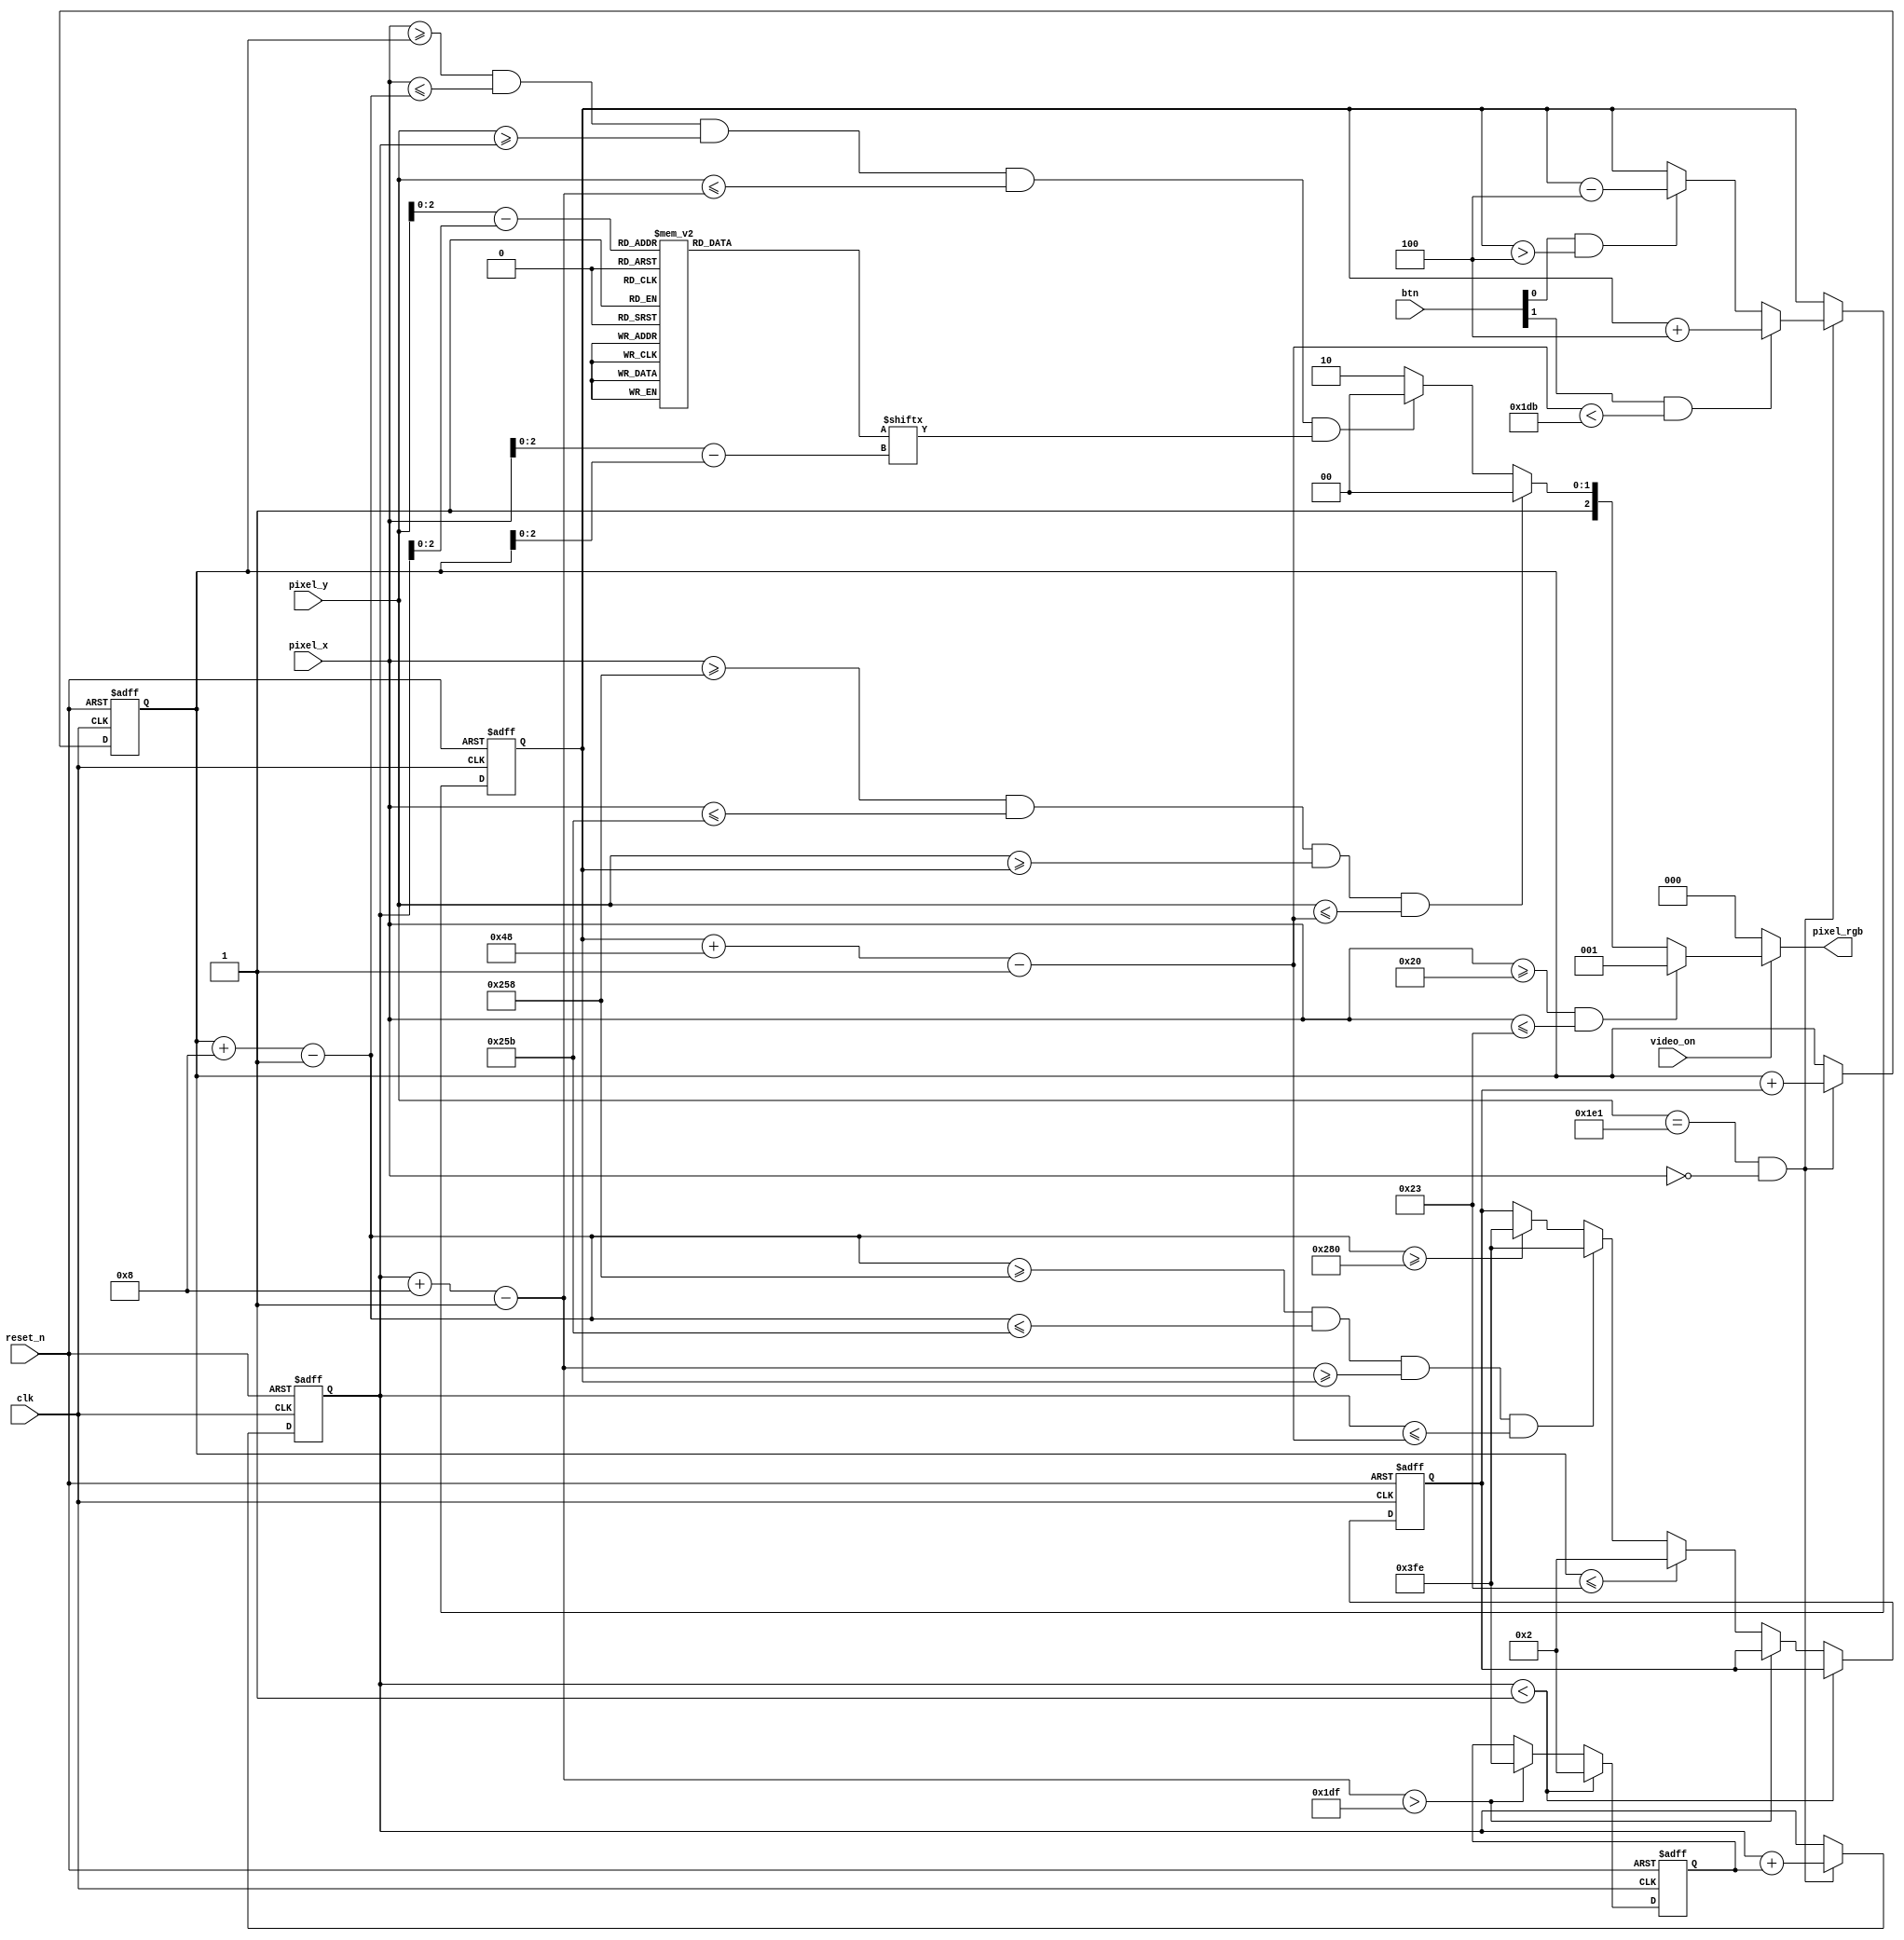
module pong_pixel_gen
(
	input clk,reset_n,
	input video_on,
	input [1:0] btn,
	input [9:0] pixel_x,pixel_y,
	output reg [2:0] pixel_rgb
);

localparam MAX_X=640;
localparam MAX_Y = 480;
//wall boundaries
localparam WALL_X_L = 32;
localparam WALL_X_R = 35;
//vertial bar
localparam BAR_X_L = 600;
localparam BAR_X_R = 603;
localparam BAR_Y_SIZE = 72;
wire [9:0] bar_y_t,bar_y_b;
reg [9:0] bar_y_reg,bar_y_next;
localparam BAR_V = 4;
//square ball
localparam BALL_SIZE=8;
wire [9:0] ball_x_l,ball_x_r;
wire [9:0] ball_y_t,ball_y_b;
reg [9:0] ball_x_reg,ball_y_reg;
wire [9:0] ball_x_next,ball_y_next;
reg [9:0] x_delta_reg,x_delta_next;
reg [9:0] y_delta_reg, y_delta_next;
wire refr_tick;
localparam BALL_V_P = 2;
localparam BALL_V_N = -2;
//round ball
wire [2:0] rom_addr,rom_col;
reg [7:0] rom_data;
wire rom_bit;

//objects signals
wire wall_on, bar_on,sq_ball_on,rd_ball_on;
wire [2:0] wall_rgb,bar_rgb,ball_rgb;

//body
//round ball image rom
always @(*)
begin
	case (rom_addr)
		3'h0: rom_data = 8'b00111100; // ****
		3'h1: rom_data = 8'b01111110; // ******
		3'h2: rom_data = 8'b11111111; // ********
		3'h3: rom_data = 8'b11111111; // ********
		3'h4: rom_data = 8'b11111111; // ********
		3'h5: rom_data = 8'b11111111; // ********
		3'h6: rom_data = 8'b01111110; // ******
		3'h7: rom_data = 8'b00111100; // **** 
	endcase
end
//registers
always @(posedge clk or negedge reset_n) begin
	if(~reset_n) begin
		bar_y_reg <= 0;
		ball_x_reg <= 0;
		ball_y_reg <= 0;
		x_delta_reg <= 0;
		y_delta_reg <= 0;
	end else begin
	 	bar_y_reg <= bar_y_next;
		ball_x_reg <= ball_x_next;
		ball_y_reg <= ball_y_next;
		x_delta_reg <= x_delta_next;
		y_delta_reg <= y_delta_next;
	end
end
//refr tick
assign refr_tick = (pixel_y == 481) && (pixel_x == 0);

//wall pixel gen
assign wall_on = (pixel_x >= WALL_X_L) && (pixel_x <=WALL_X_R);
assign wall_rgb = 3'b001;
//bar pixel gen
assign bar_y_t = bar_y_reg;
assign bar_y_b = bar_y_t + BAR_Y_SIZE - 1;

assign bar_on = (pixel_x >= BAR_X_L) && (pixel_x <= BAR_X_R) &&
(pixel_y >= bar_y_t) && (pixel_y <= bar_y_b);

assign bar_rgb = 3'b100;

always @(*)
begin
	bar_y_next = bar_y_reg;
	if(refr_tick)
		if(btn[1] && (bar_y_b < (MAX_Y-1-BAR_V)))
			bar_y_next = bar_y_reg + BAR_V;
		else if(btn[0] & (bar_y_t > BAR_V))
			bar_y_next = bar_y_reg - BAR_V;
end
//ball pixel gen
assign sq_ball_on = (pixel_x >= ball_x_l) && (pixel_x <= ball_x_r) &&
(pixel_y >= ball_y_t) && (pixel_y <= ball_y_b);

assign ball_x_l = ball_x_reg;
assign ball_y_t = ball_y_reg;
assign ball_x_r = ball_x_l + BALL_SIZE -1;
assign ball_y_b = ball_y_t + BALL_SIZE -1;
//map current pixel location to rom addr/col
assign rom_addr = pixel_y[2:0] - ball_y_t[2:0];
assign rom_col = pixel_x[2:0] - ball_x_l[2:0];
assign rom_bit = rom_data[rom_col];

assign rd_ball_on = sq_ball_on && rom_bit;
assign ball_rgb =3'b100;
assign ball_x_next = (refr_tick)? ball_x_reg + x_delta_reg: ball_x_reg;
assign ball_y_next = (refr_tick)? ball_y_reg + y_delta_reg: ball_y_reg;
always @*
begin
	x_delta_next = x_delta_reg;
	y_delta_next = y_delta_reg;
	if(ball_y_t < 1)
		y_delta_next = BALL_V_P;
	else if(ball_y_b> MAX_Y-1)
		y_delta_next = BALL_V_N;
	else if(ball_x_l <= WALL_X_R)
		x_delta_next = BALL_V_P;
	else if(ball_x_r >=BAR_X_L && ball_x_r <= BAR_X_R && 
		ball_y_b >= bar_y_t && ball_y_t <= bar_y_b)
		x_delta_next = BALL_V_N;
	else if(ball_x_r >= MAX_X)
		x_delta_next = BALL_V_N;
end

always @(*)
begin
	if(~video_on)
			pixel_rgb = 3'b000;
	else 
		if(wall_on)
			pixel_rgb = wall_rgb;
		else if(bar_on)
			pixel_rgb = bar_rgb;
		else if(rd_ball_on)
			pixel_rgb = ball_rgb;
		else
			pixel_rgb = 3'b110;
end
endmodule